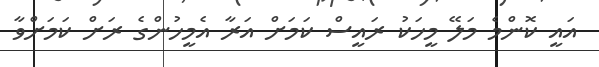
އައީ ކޮންމެ މަލޭ މީހަކު ރައީސް ކަމަށް އަރާ އެމީހުންގެ ރަށް ކަމަށްވާ